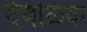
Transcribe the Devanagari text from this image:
देवळिया